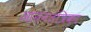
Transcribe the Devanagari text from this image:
आननतंत्रिका